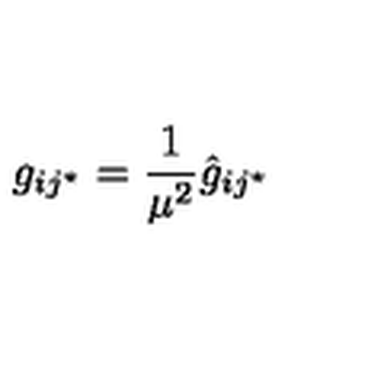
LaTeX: g _ { i j ^ { \star } } = { \frac { 1 } { \mu ^ { 2 } } } { \hat { g } } _ { i j ^ { \star } }